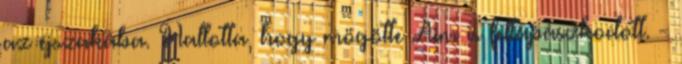
az éjszakába. Hallotta, hogy mögötte Aim is feltápászkodott. -